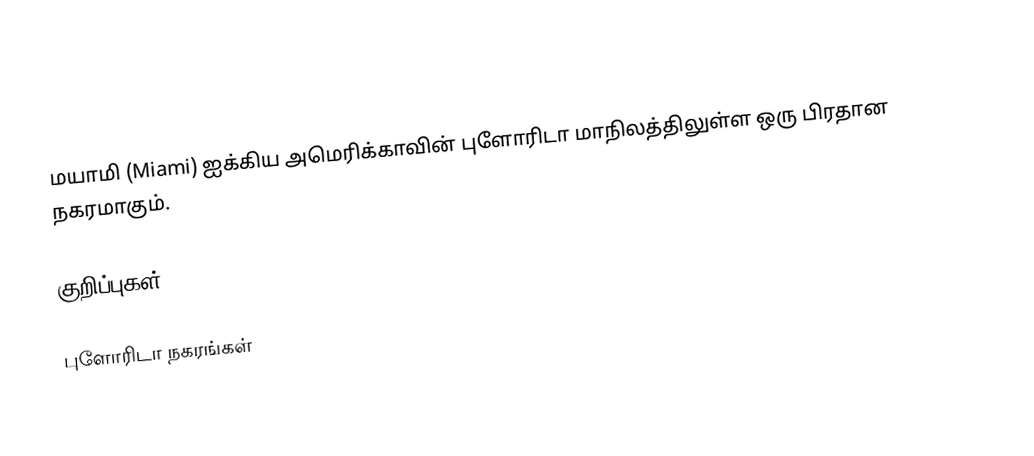
மயாமி (Miami) ஐக்கிய அமெரிக்காவின் புளோரிடா மாநிலத்திலுள்ள ஒரு பிரதான நகரமாகும்.

குறிப்புகள்

புளோரிடா நகரங்கள்